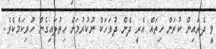
ވީ ދެރައިން ކުރަން ހިތައް އެރީ ދެން ދުވަހަކު ނުކުރުމަށް ހިތުލައިގެން ހުރިކަމެކެވެ.